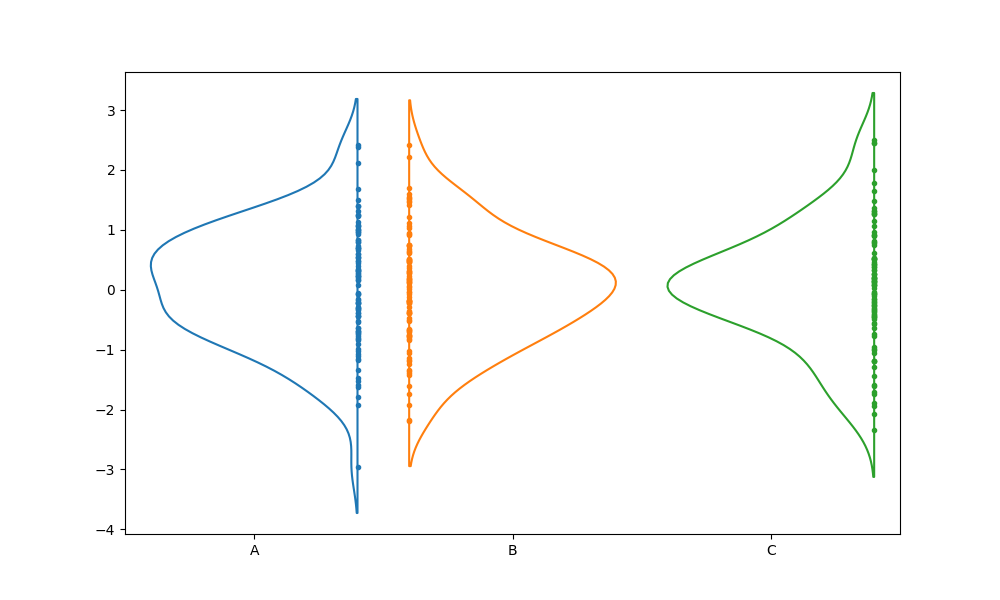
python, seaborn, violinplot, scale='area', split='True', inner='point', fill='False'